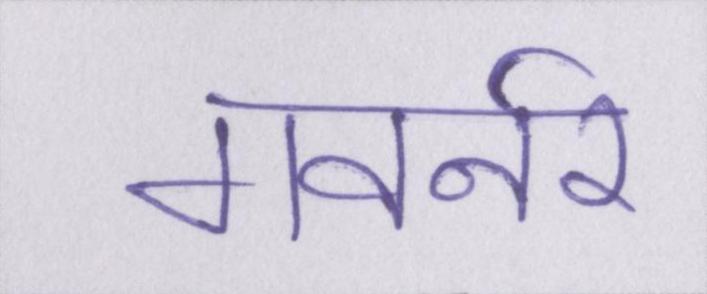
गवर्नर